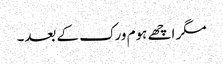
مگر اچھے ہوم ورک کے بعد۔